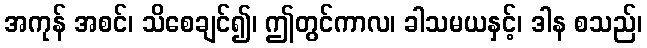
အကုန် အစင်၊ သိစေချင်၍၊ ဤတွင်ကာလ၊ ခါသမယနှင့်၊ ဒါန စသည်၊